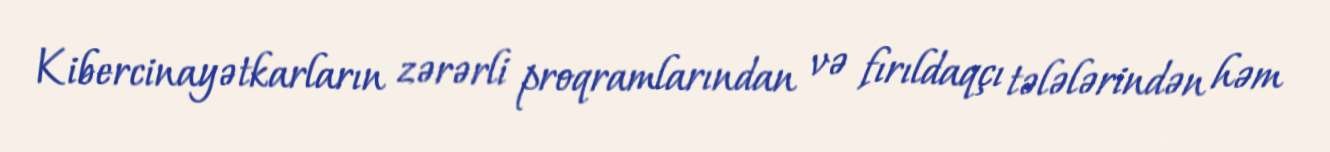
Kibercinayətkarların zərərli proqramlarından və fırıldaqçı tələlərindən həm